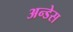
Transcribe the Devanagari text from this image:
अन्डेस